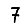
Digit: 7